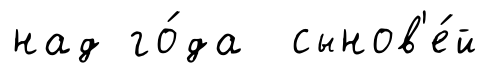
над го́да сынов'е́й